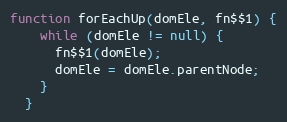
Language: JavaScript
function forEachUp(domEle, fn$$1) {
    while (domEle != null) {
      fn$$1(domEle);
      domEle = domEle.parentNode;
    }
  }